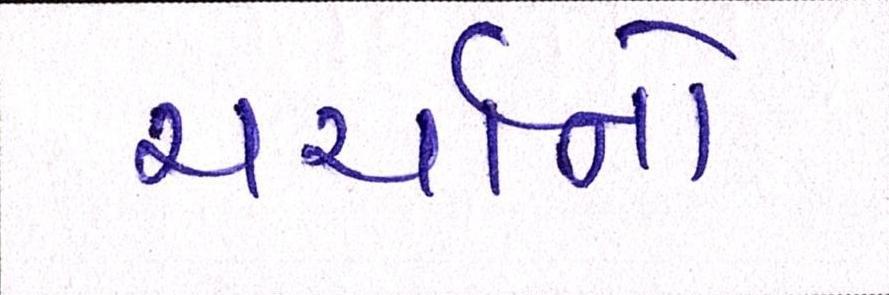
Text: ચર્ચાનો